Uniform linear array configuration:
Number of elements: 24
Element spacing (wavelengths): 1
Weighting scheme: kaiser
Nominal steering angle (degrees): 45
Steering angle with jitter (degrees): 46.063
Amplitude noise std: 0.05
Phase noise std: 0.05

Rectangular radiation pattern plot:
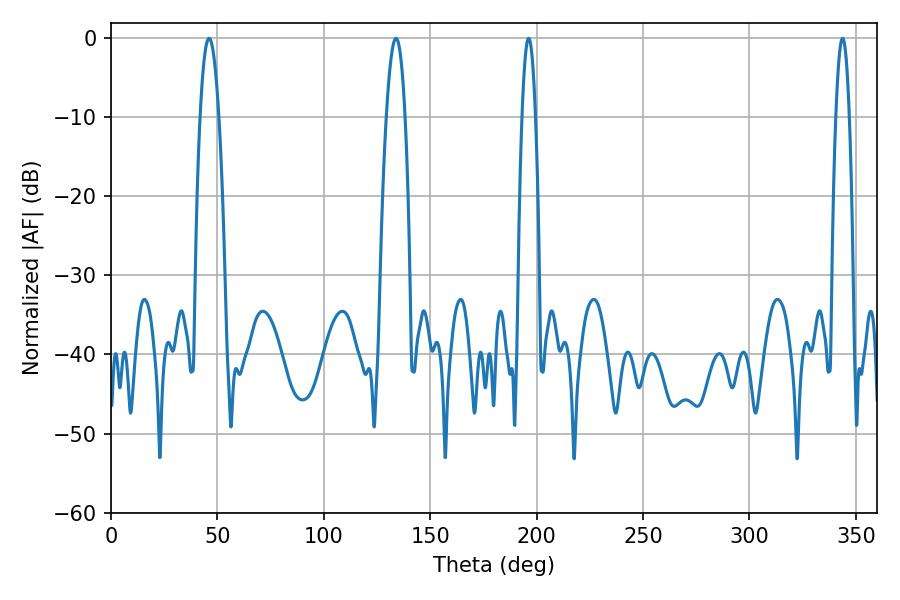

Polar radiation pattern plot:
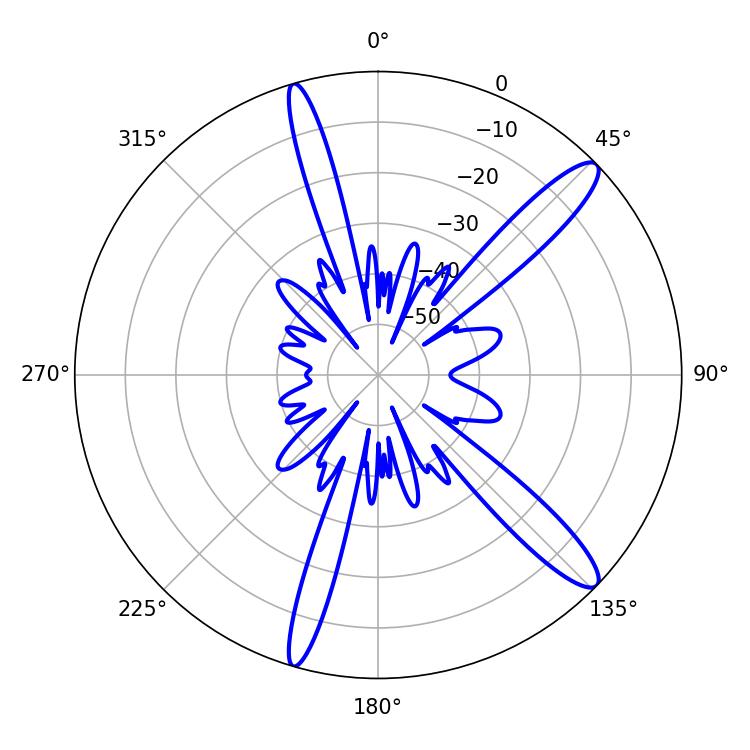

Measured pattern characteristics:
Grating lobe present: TRUE
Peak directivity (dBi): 13.22
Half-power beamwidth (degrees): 4.86
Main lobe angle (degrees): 46.08